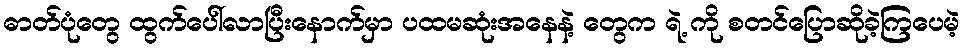
ဓာတ်ပုံတွေ ထွက်ပေါ်လာပြီးနောက်မှာ ပထမဆုံးအနေနဲ့ တွေက ရဲ့ ကို စတင်ပြောဆိုခဲ့ကြပေမဲ့